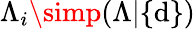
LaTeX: \Lambda_{i}\simp(\Lambda|\{ \mathrm{d}\} )